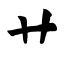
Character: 艹